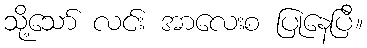
သို့သော် လင်း အာလေးစ ပြုနေပြီ။